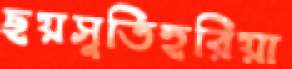
ছয়সুতিহরিয়া